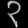
Digit: ၃